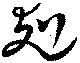
剋